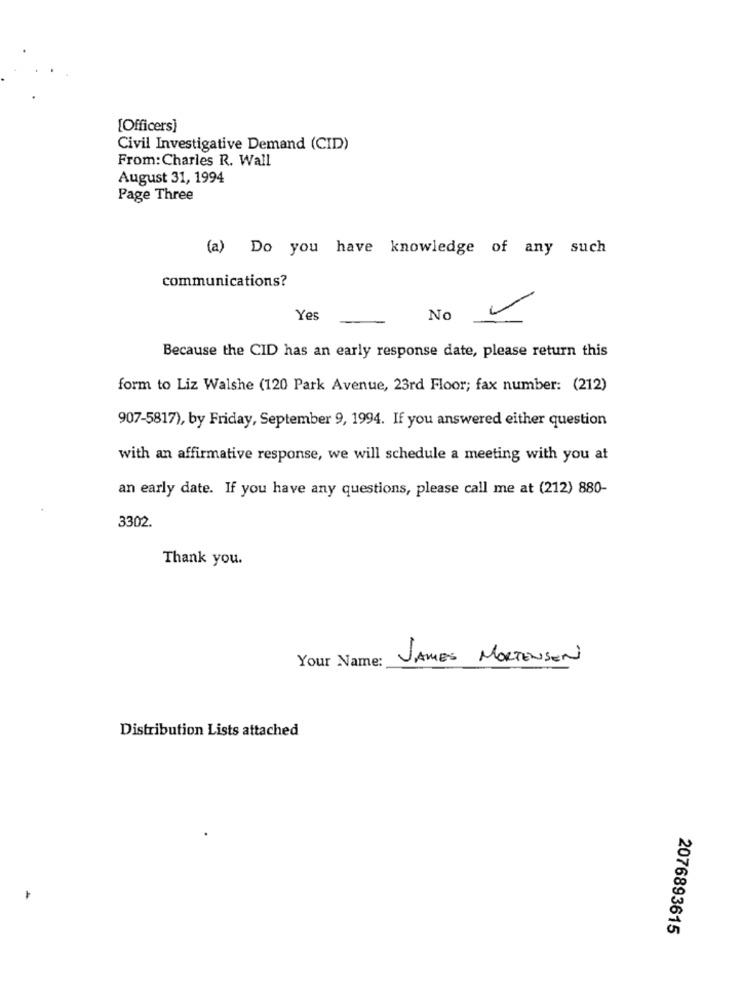
[Officers]
Civil Investigative Demand (CID)
From:Charles R. Wall
August 31, 1994
Page Three
(a) Do you have knowledge of any such
communications?
Yes
No
Because the CID has an early response date, please return this
form to Liz Walshe (120 Park Avenue, 23rd Floor; fax number: (212)
907-5817), by Friday, September 9, 1994. If you answered either question
with an affirmative response, we will schedule a meeting with you at
an early date. If you have any questions, please call me at (212) 880-
3302.
Thank you.
Your Name:
JAMES MORTENSEN
Distribution Lists attached
2076893615